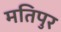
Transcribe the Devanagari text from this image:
मतिपुर